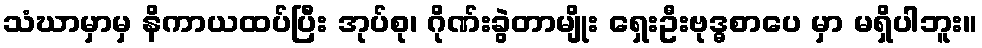
သံဃာမှာမှ နိကာယထပ်ပြီး အုပ်စု၊ ဂိုဏ်းခွဲတာမျိုး ရှေးဦးဗုဒ္ဓစာပေ မှာ မရှိပါဘူး။